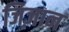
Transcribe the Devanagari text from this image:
जिज़ान